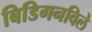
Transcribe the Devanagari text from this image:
बिडिगनविले